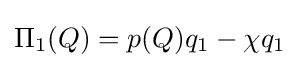
\Pi _{1}(Q)=p(Q)q_{1}-\chi q_{1}